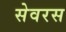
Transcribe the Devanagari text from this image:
सेवरस